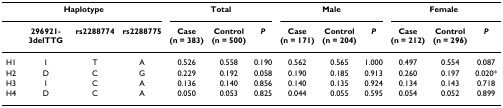
| <COLSPAN=4> Haplotype | <COLSPAN=3> Total | <COLSPAN=3> Male | <COLSPAN=3> Female |
 |  | 296921-3delTTG | rs2288774 | rs2288775 | Case(n = 383) | Control(n = 500) | P | Case(n = 171) | Control(n = 204) | P | Case(n = 212) | Control(n = 296) | P |
 | --- | --- | --- | --- | --- | --- | --- | --- | --- | --- | --- | --- | --- |
 | H1 | I | T | A | 0.526 | 0.558 | 0.190 | 0.562 | 0.565 | 1.000 | 0.497 | 0.554 | 0.087 |
 | H2 | D | C | G | 0.229 | 0.192 | 0.058 | 0.190 | 0.185 | 0.913 | 0.260 | 0.197 | 0.020* |
 | H3 | I | C | A | 0.136 | 0.140 | 0.856 | 0.140 | 0.135 | 0.924 | 0.134 | 0.143 | 0.718 |
 | H4 | D | C | A | 0.050 | 0.053 | 0.825 | 0.044 | 0.055 | 0.595 | 0.054 | 0.052 | 0.899 |